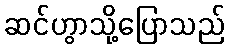
ဆင်ဟွာသို့ပြောသည်